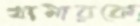
খামারকে